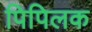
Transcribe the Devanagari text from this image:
पिपिलक